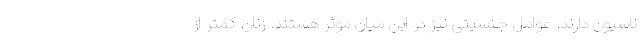
ناسیون دارند. عوامل جنسیتی نیز در این میان موثر هستند. زنان کمتر از